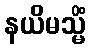
နယိမသ္မိံ